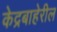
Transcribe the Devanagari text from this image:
केद्रबाहेरील